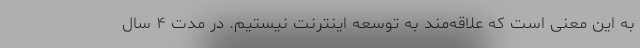
به این معنی است که علاقه‌مند به توسعه اینترنت نیستیم. در مدت ۴ سال